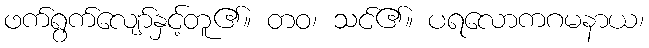
ဖက်ရွက်လျော်နှင့်တူ၏။ တဝ၊ သင်၏။ ပရလောကဂမနာယ၊